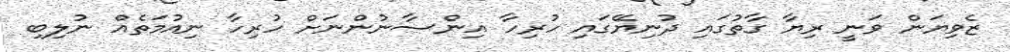
ޒެވިޔަން ވަނީ ރިޔާ ގާތުގައި ދުނިޔޭގައި ހުރިހާ އިންސާނުންނަށް ހުރިހާ ނިއުމަތެއް ނުލިބި